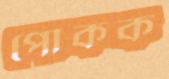
পোকক